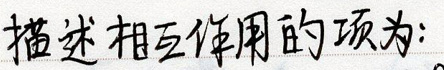
描述相互作用的项为: